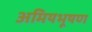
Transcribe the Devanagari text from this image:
अमियभूषण